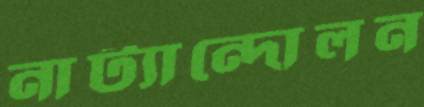
নাট্যান্দোলন